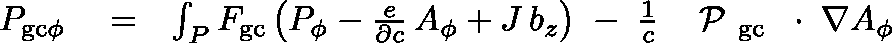
\begin{array} { r l r } { P _ { \mathrm { g c } \phi } } & { { } = } & { \int _ { P } F _ { \mathrm { g c } } \left( P _ { \phi } - \frac { e } { \partial c } \, A _ { \phi } + J \, b _ { z } \right) \; - \; \frac { 1 } { c } \, \mathrm { ~ \boldmath ~ \cal ~ P ~ } _ { \mathrm { g c } } \, \mathrm { ~ \boldmath ~ \cdot ~ } \, \nabla A _ { \phi } } \end{array}